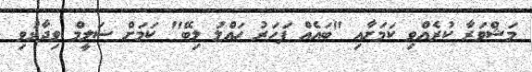
މަޝްވަރާ ކުރެއްވި ކަމަށާއި "ބައެއް ފަހަރު ހައްލު ލިބޭ" ކަމަށް ސަލީމް ވިދާޅުވި